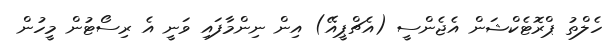
ހެލްތު ޕްރޮޓެކްޝަން އެޖެންސީ (އެޗްޕީއޭ) އިން ނިންމާފައި ވަނީ އެ ރިސޯޓުން މީހުން